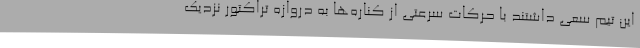
این تیم سعی داشتند با حرکات سرعتی از کناره‌ها به دروازه تراکتور نزدیک